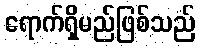
ရောက်ရှိမည်ဖြစ်သည်